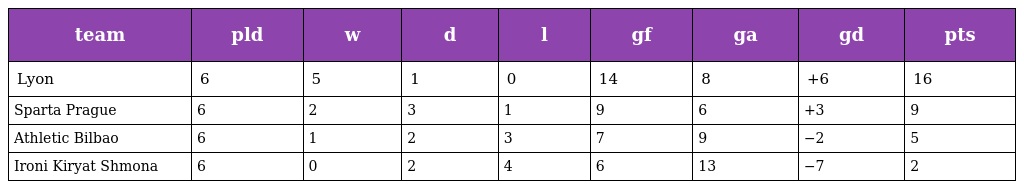
| team | pld | w | d | l | gf | ga | gd | pts |
 | --- | --- | --- | --- | --- | --- | --- | --- | --- |
 | Lyon | 6 | 5 | 1 | 0 | 14 | 8 | +6 | 16 |
 | Sparta Prague | 6 | 2 | 3 | 1 | 9 | 6 | +3 | 9 |
 | Athletic Bilbao | 6 | 1 | 2 | 3 | 7 | 9 | −2 | 5 |
 | Ironi Kiryat Shmona | 6 | 0 | 2 | 4 | 6 | 13 | −7 | 2 |